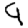
Digit: 9